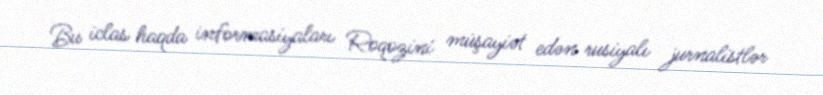
Bu iclas haqda informasiyaları Roqozini müşayiət edən rusiyalı jurnalistlər